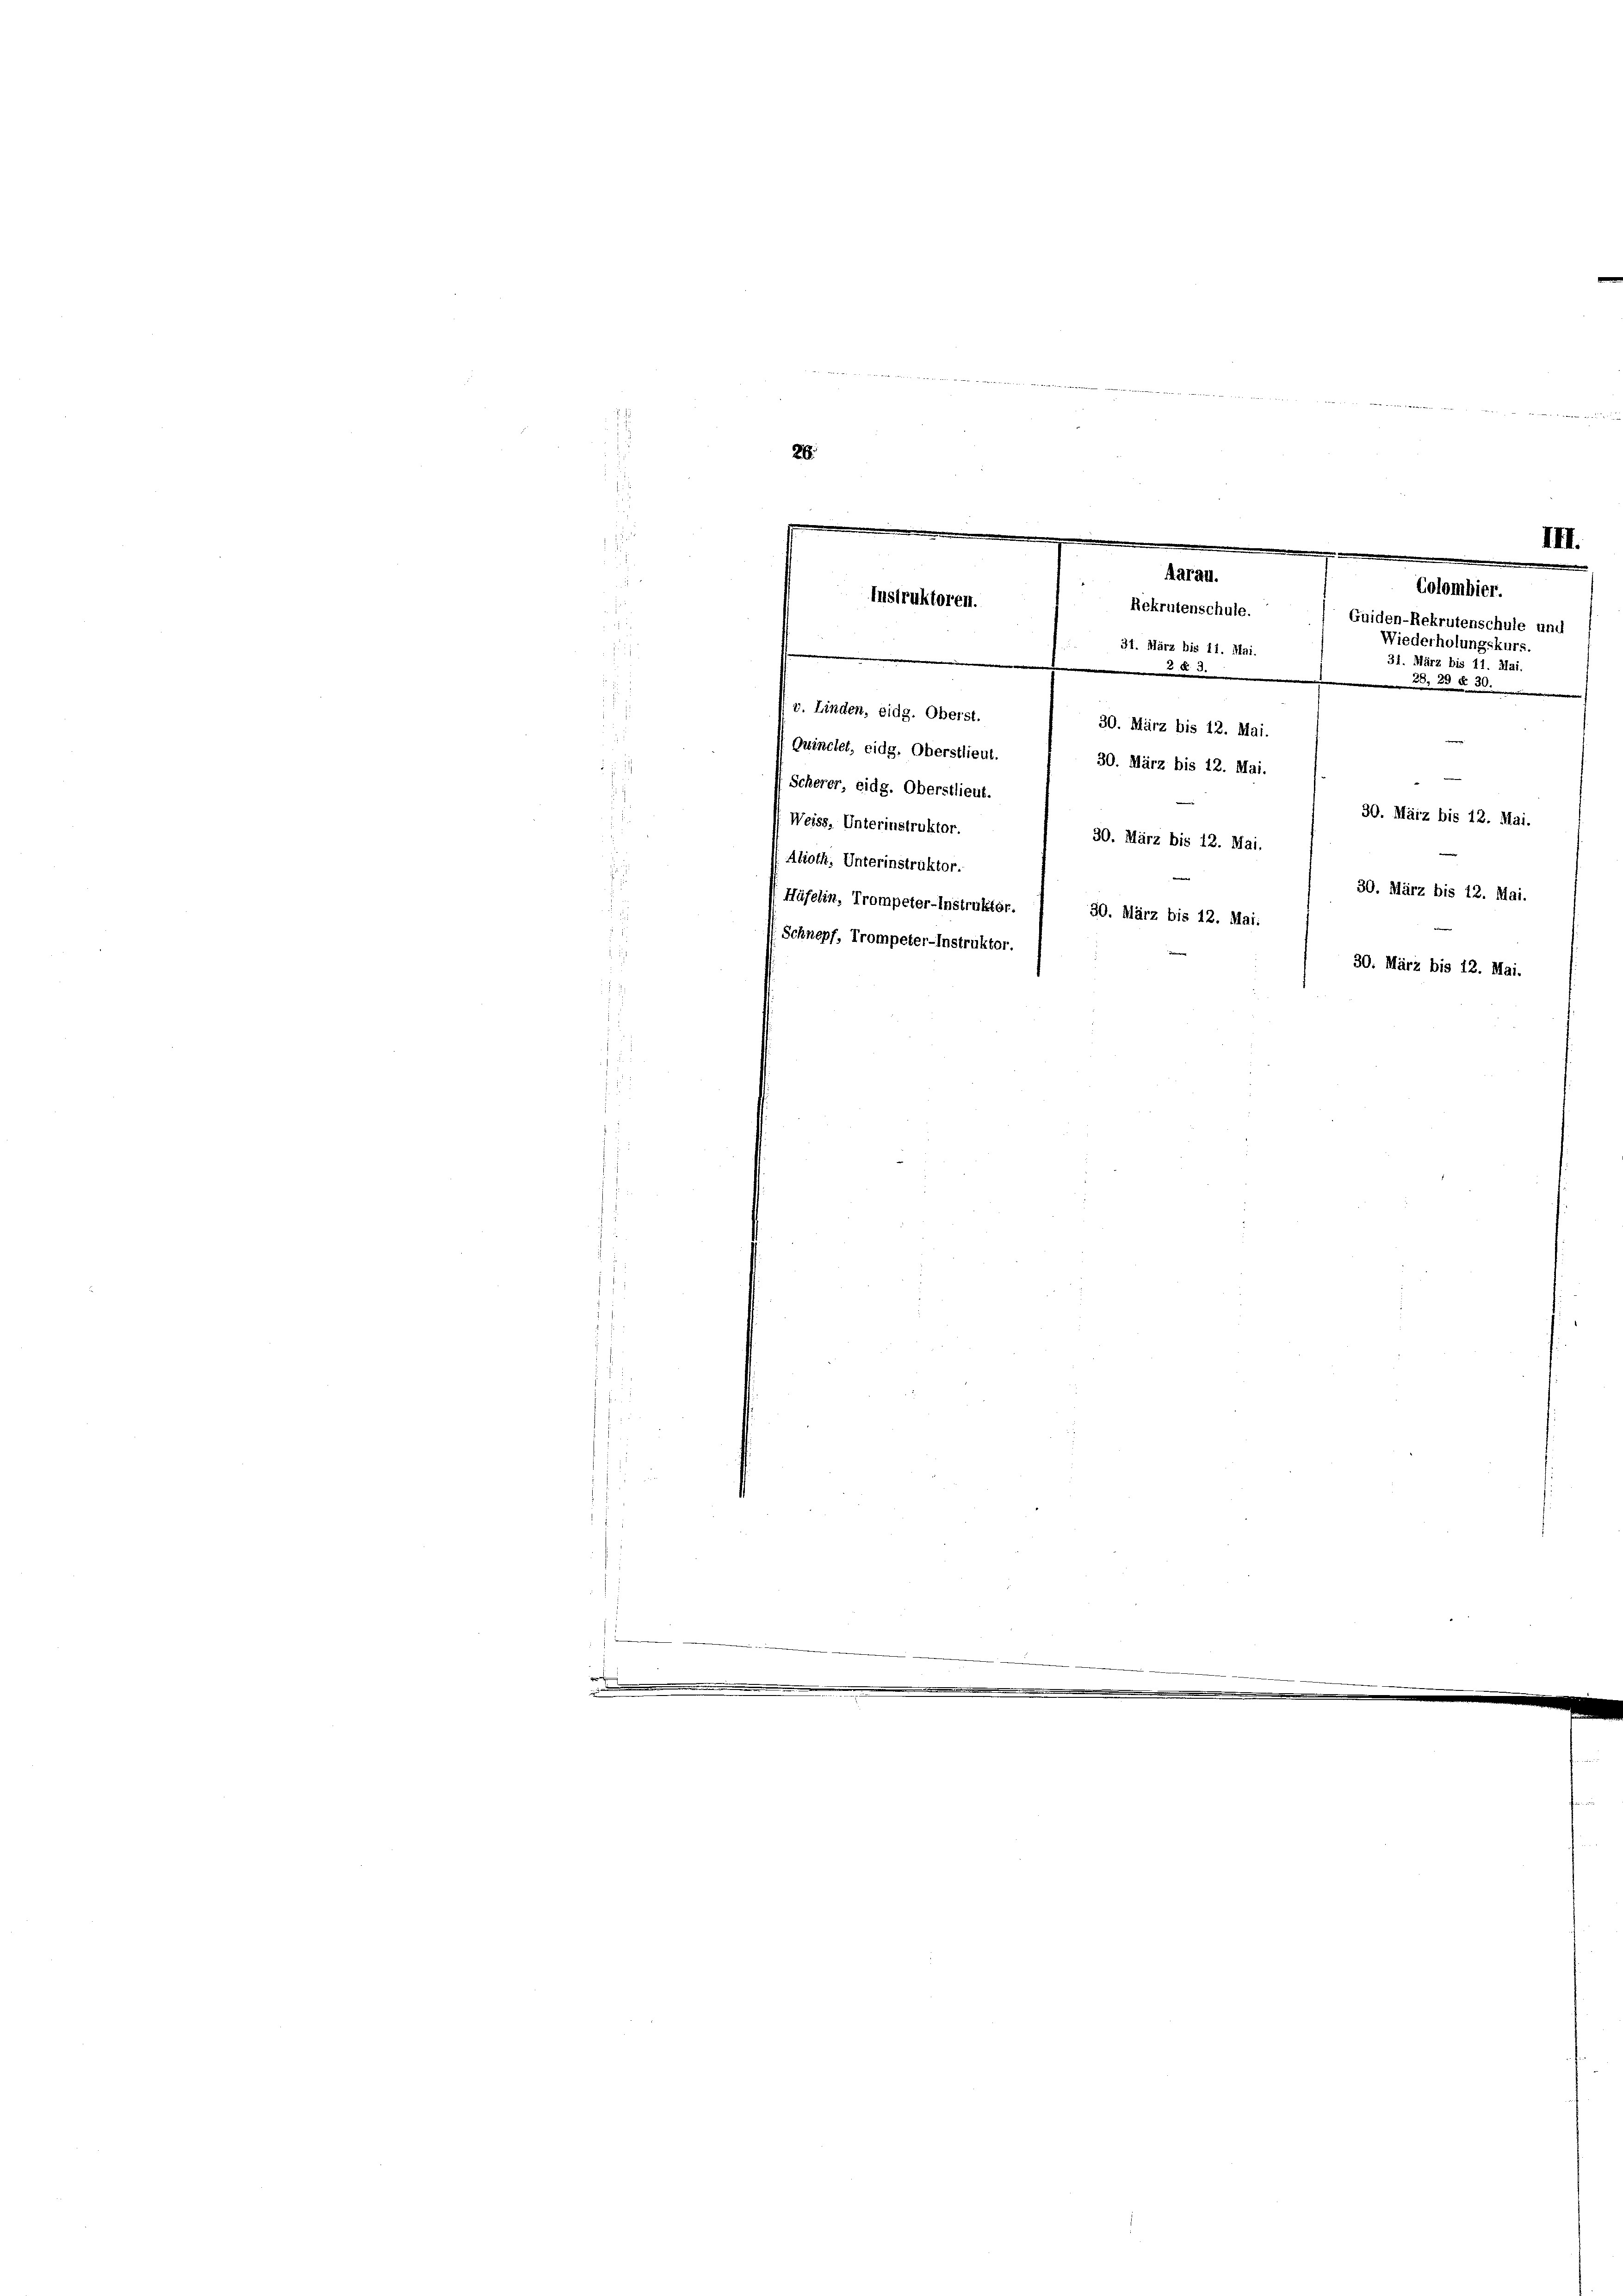
.
2

e

s
 v. Linden, eidg. Oberst.
Quinclet, eidg. Oberstlieut.

Scherer, eidg. Oberstlieut.
Weiss, Unterinstruktor.
e
Aloth. Unterinstruktor.
30. März bis 12. M. 99. März bis 12. Mai.
 Heerenten 20. Maerz bis 2. M. er bis 13. M.
Schnepf, Trompeter-Instruktor.

m
Aarau.
Colombier.
Instruktoren.
Rekrutenschule. Guiden-Rekrutenschule unt
d
¬
Wiederholungski
d
31. März bis 11. Mai.
31. März bis 11. Mai.

der ein werden zu wie einen der |

3.

e
30. März bis 12. Mai.
30. März bis 12. Mai.

28. d. d. 30.
30. März bis 12. Mai.

III.